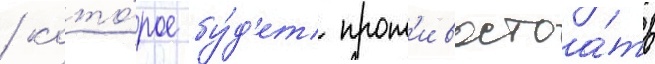
/ кото́рое бу́д'ет прот'ивостоа́ть